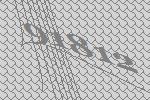
91812